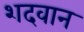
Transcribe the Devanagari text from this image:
शदवान